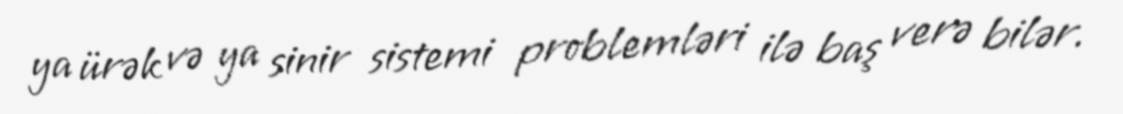
ya ürək və ya sinir sistemi problemləri ilə baş verə bilər.